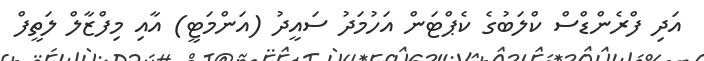
އަދި ފްރެންޑްސް ކްލަބުގެ ކެޕްޓަން އަހުމަދު ސައީދު (އަންމަޓީ) އާއި މިފްޒާލް ލަތީފް